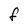
Character: F